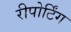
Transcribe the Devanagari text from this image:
रीपोर्टिंग